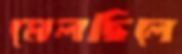
মেলছিলে